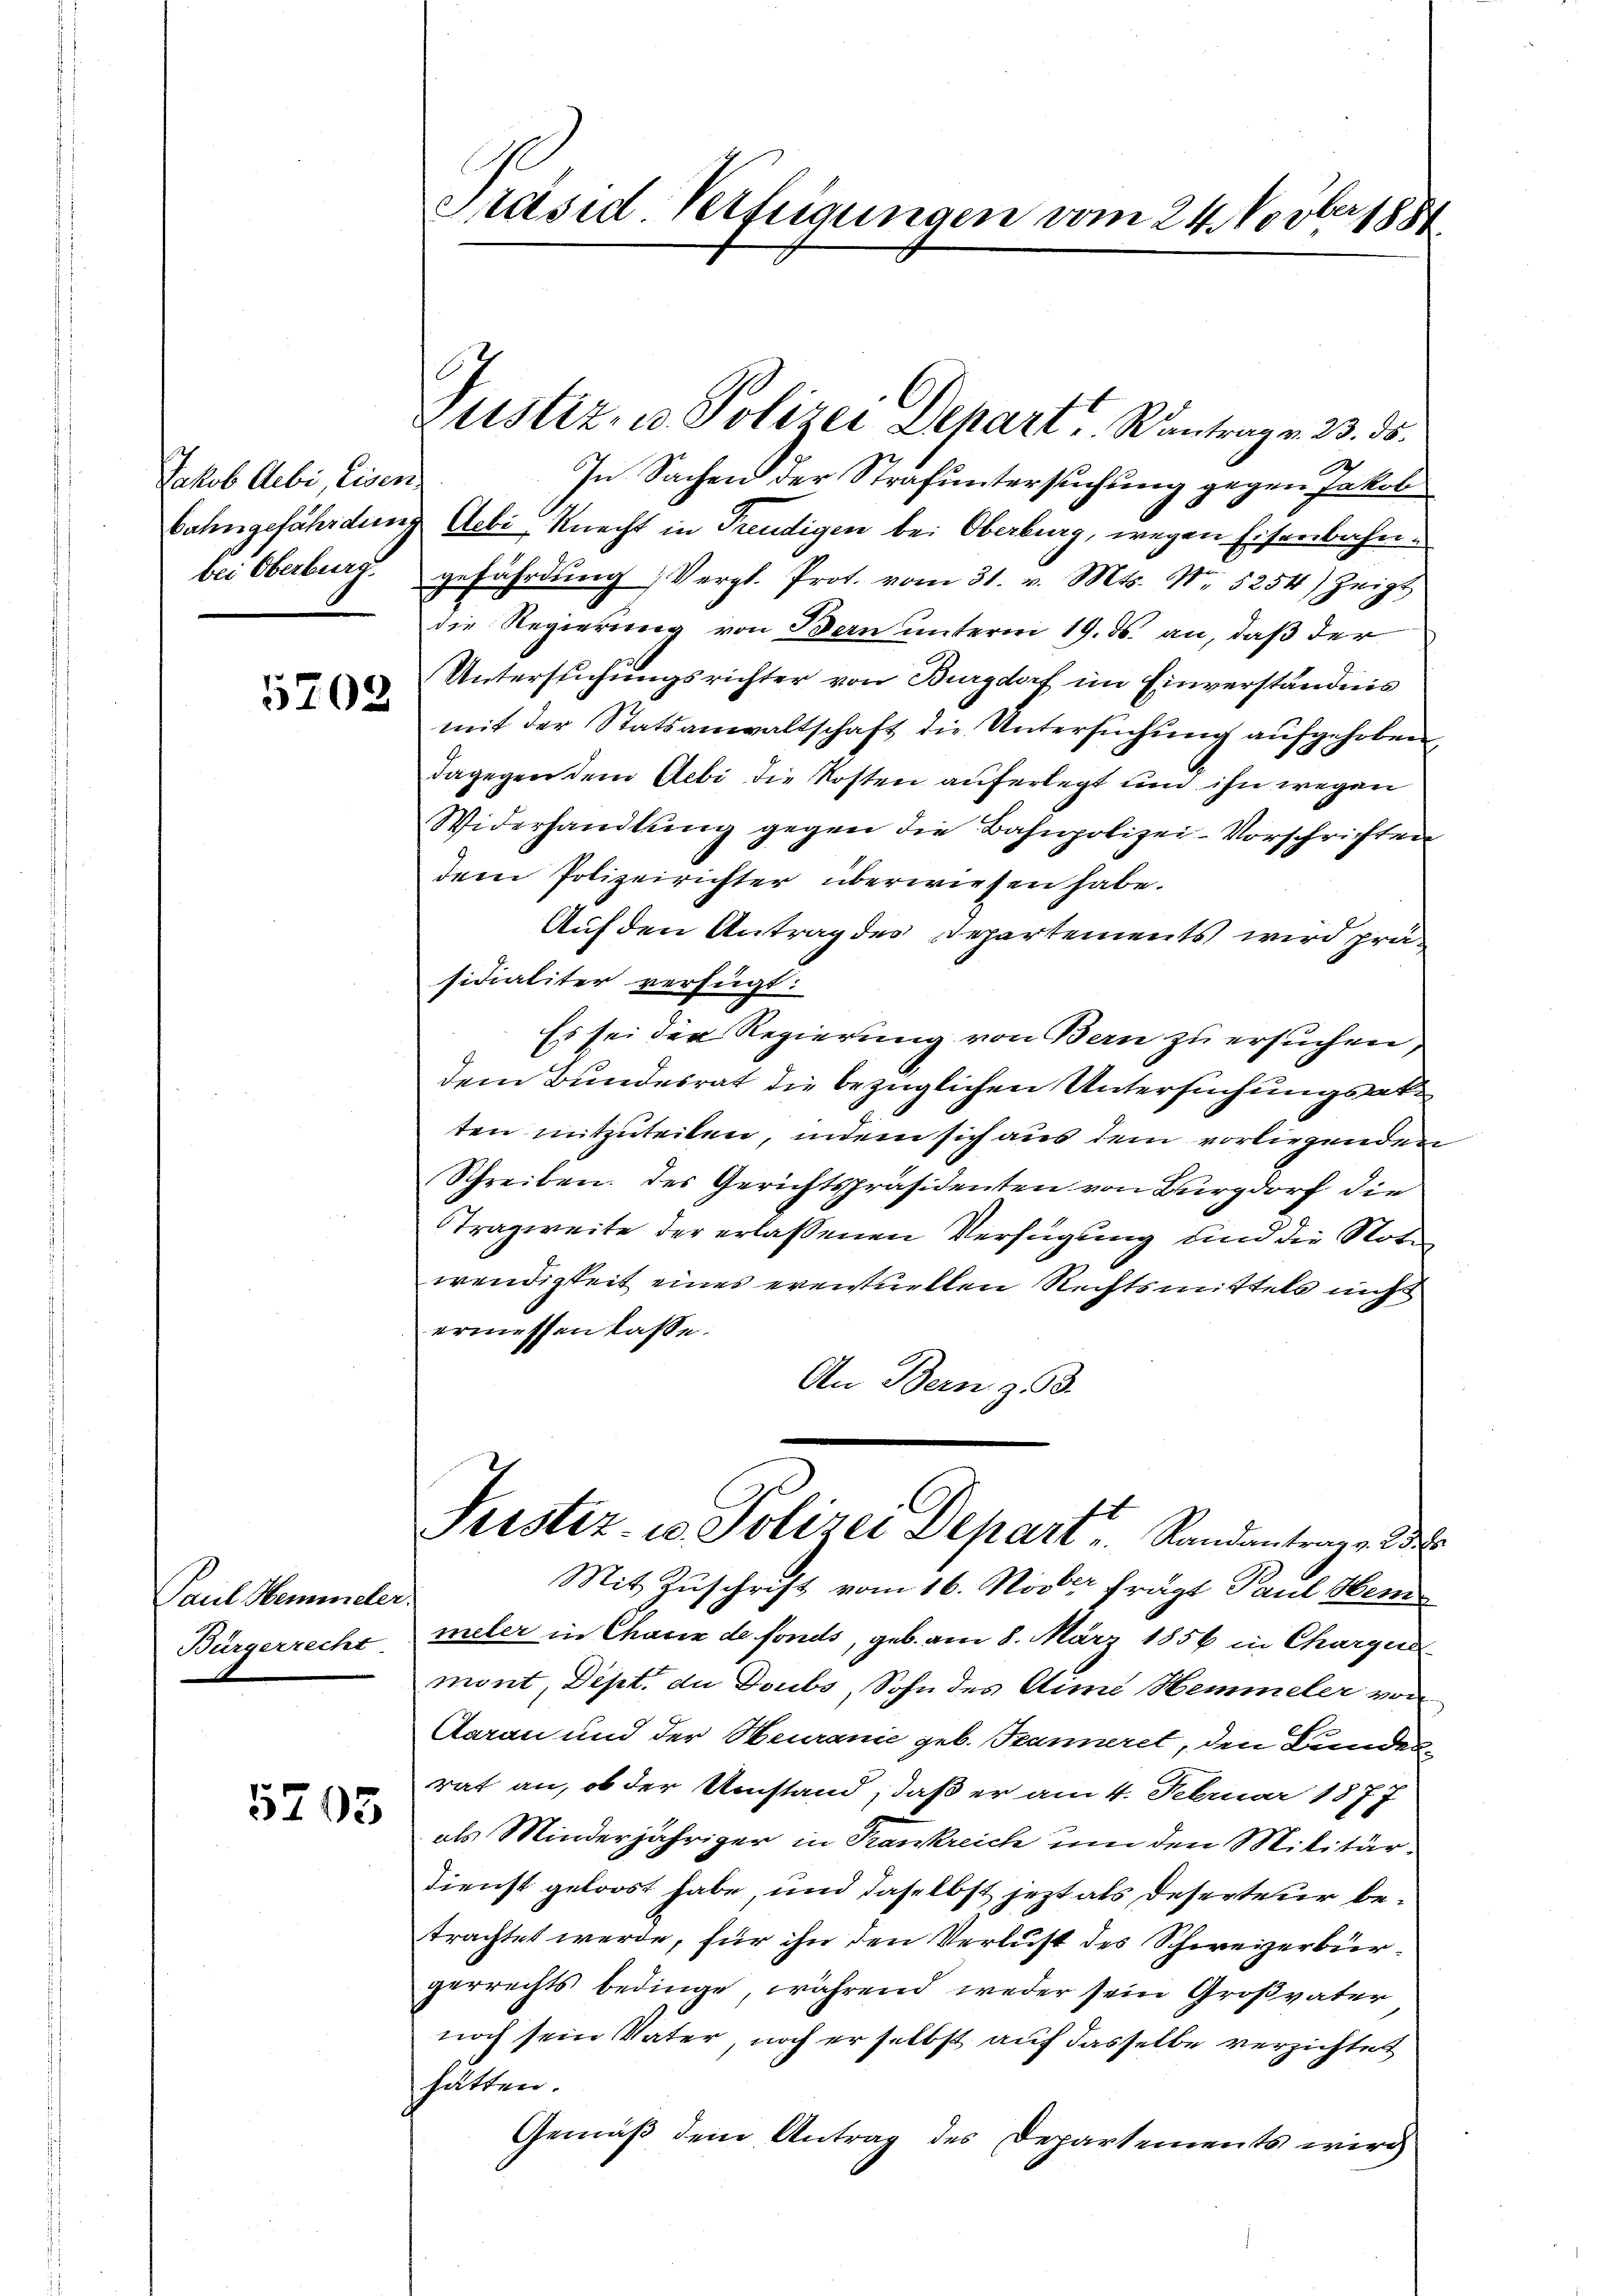
Jakob Aebi, Eisen
bei Oberburg.

5702

Paul Hemmeler.
Bürgerrecht.

5703

Präsid Verfeigungen vom 24. Novber 1881

Justiz, u. Polizei Depart, Rantrag v. 23. ds.

In Sachen der Strafuntersuchung gegen Jakob
bahngefährdung Aebi, Knecht in Freudigen bei Oberburg, wegen Eisenbahngefährdung (Vergl. Prot. vom 31. v. Mts. N. 5254) zeigt
die Regierung von Bern unterm 19. ds. an, daß der
Untersuchungsrichter von Burgdorf im Einverständnis
mit der Statsanwaltschaft die Untersŭchŭng aufgehoben,
dagegen dem Gebi die Kosten auferlegt und ihn wegen
Widerhandlung gegen die Bahnpolizei-Vorschriften
dem Polizeirichter überwiesen habe.
Auf den Antrag des Departements wird präsidialiter verfügt:
Es sei der Regierung von Bern zu ersuchen,
dem Bundesrat die bezüglichen Untersuchungsatten mitzuteilen, indem sich aus dem vorliegenden
Schreiben. Des Gerichtspräsidenten von Burgdorf die
Tragweite der erlassenen Verfügung und die Noten
wendigkeit eines eventuellen Rechtsmittels nicht
ermessen lasse.
An Bern z. B.
Pristiz- u. Polizei Depart Randantrage d
Mit Zuschrift vom 16. Novber frägt Paul Her
meler in Charin de fonds, geb. am 8. März 1856 in Charger
mont, Dept. die Doubs, Sohn des Aime Hemmeler von
Aarau und der Heuranie geb. Tanneret, den Bundesrat an, ob der Umstand, daß er am 4. Februar 1877
als Minderjähriger in Frankreich um den Militärdienst geloost habe, und daselbst jezt als Deserteur betrachtet werde, für ihn den Verlust des Schweizerbürgerrechts bedinge, während weder sein Großvater
noch sein Vater, noch er selbst auf dasselbe verzichtet
hatten.
Gemäß dem Antrag des Departements wird